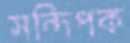
সন্দিপক